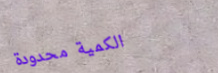
الكمية محدودة